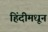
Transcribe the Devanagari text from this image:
हिंदीमधून